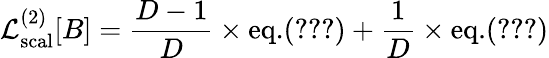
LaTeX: {\cal L}_{\mathrm{scal}}^{(2)}[B]={\frac{D-1}{D}}\times\mathrm{eq.}(\ref{Gamma2scal})+{\frac{1}{D}}\times\mathrm{eq.}(\ref{Gamma2scalpI})